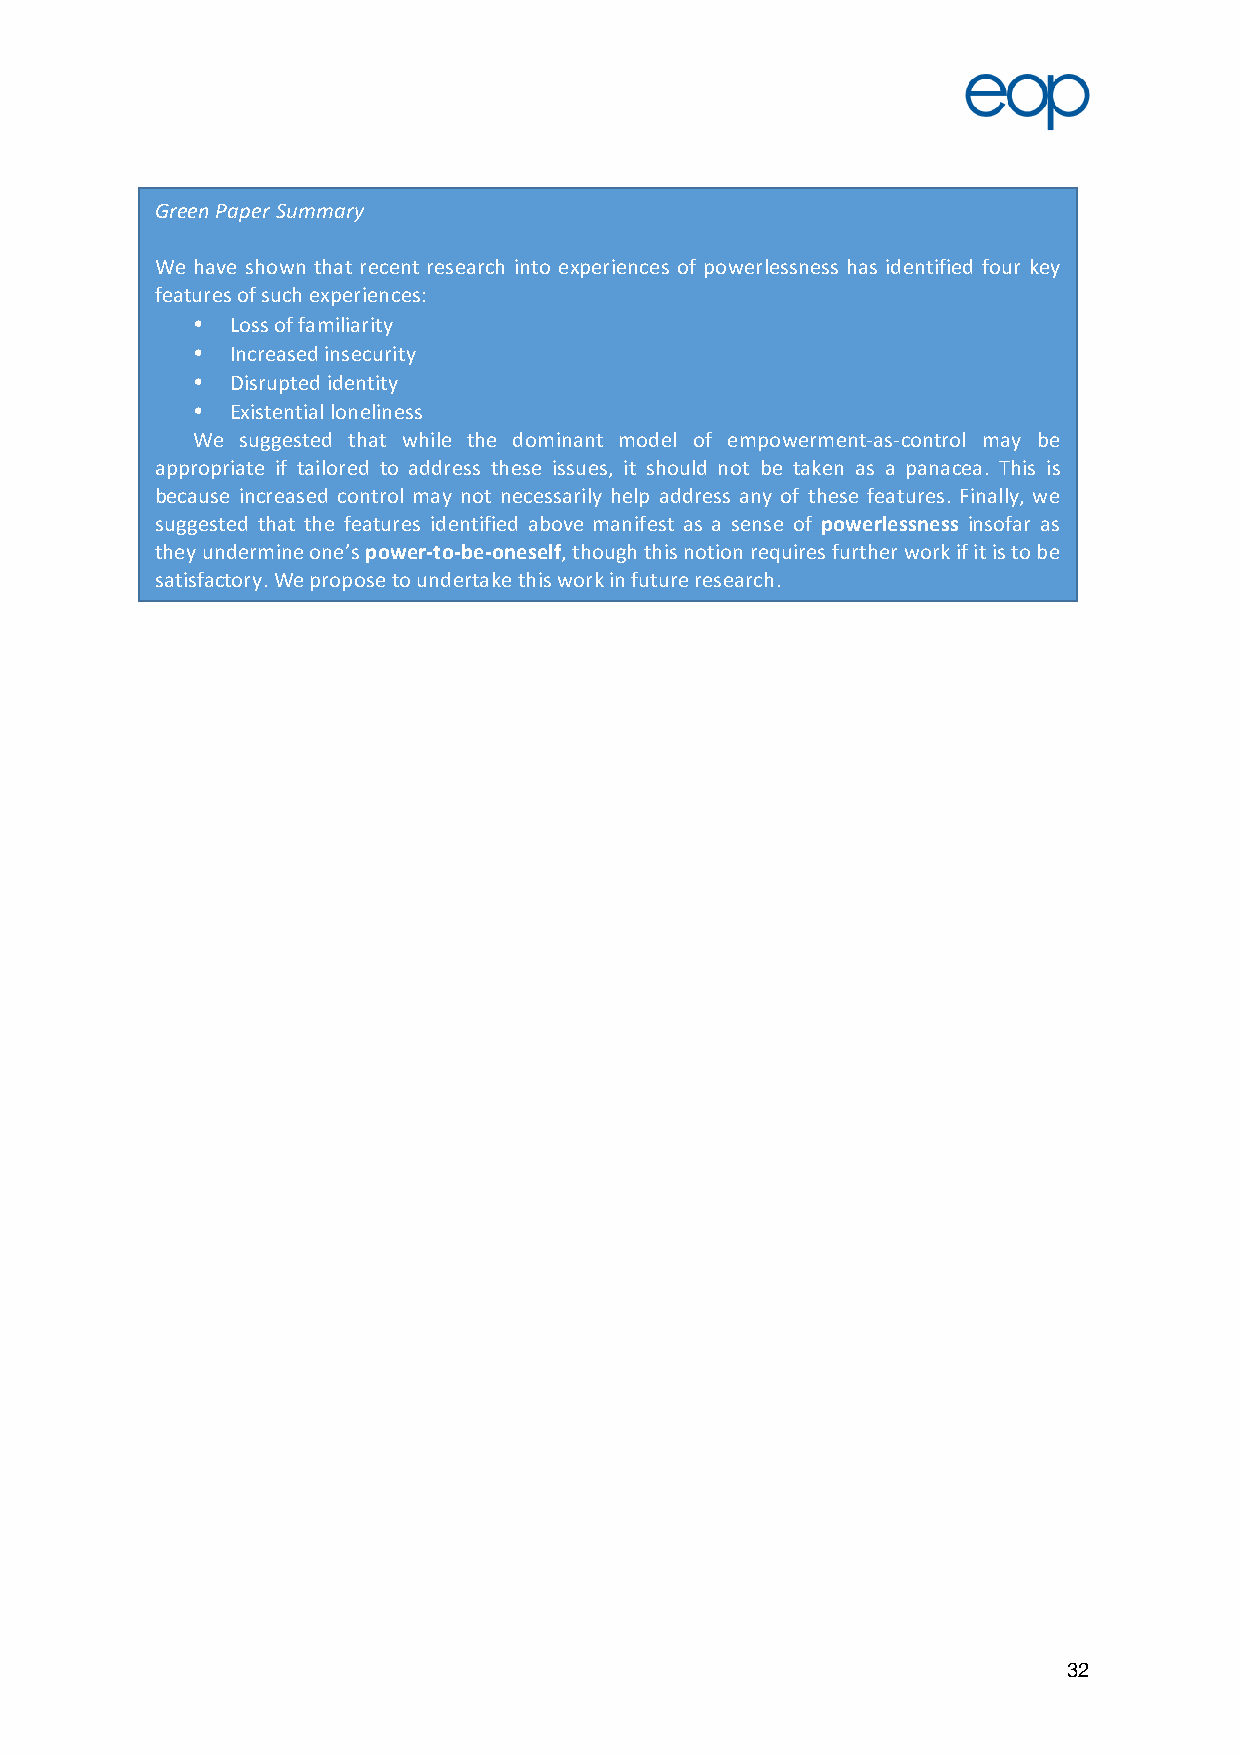
Green Paper Summary
 We have shown that recent research into experiences of powerlessness has identified four key
 features of such experiences:
 • Loss of familiarity
 • Increased insecurity
 • Disrupted identity
 • Existential loneliness
 We suggested that while the dominant model of empowerment-as-control may be
 appropriate if tailored to address these issues, it should not be taken as a panacea. This is
 because increased control may not necessarily help address any of these features. Finally, we
 suggested that the features identified above manifest as a sense of powerlessness insofar as
 they undermine one’s power-to-be-oneself, though this notion requires further work if it is to be
 satisfactory. We propose to undertake this work in future research.
 32